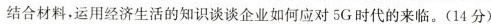
结合材料，运用经济生活的知识谈谈企业如何应对5G时代的来临。(14分)